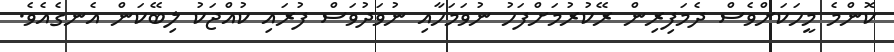
ކޮންމެ މީހަކަށްވެސް ދެމަފިރިން ރޭކުރުމަށްފަހު ނުވަމަހާއި ނުވަދުވަސް ފުރައި ކުއްޖަކު ލިބޭކަން އެނގެއެވެ.